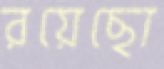
রয়েছো